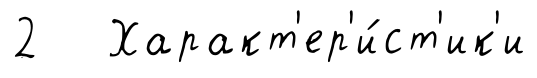
2 Характ'ер'и́ст'ик'и